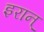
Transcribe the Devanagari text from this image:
इरान्